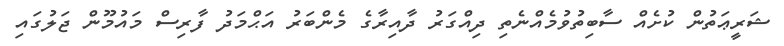
ޝަރީޢަތުން ކުށެއް ސާބިތުވުމެއްނެތި ދިއްގަރު ދާއިރާގެ މެންބަރު އަޙްމަދު ފާރިސް މައުމޫން ޖަލުގައި